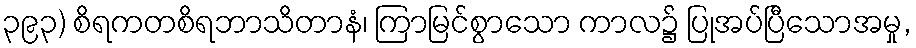
၃၉၃) စိရကတစိရဘာသိတာနံ၊ ကြာမြင်စွာသော ကာလ၌ ပြုအပ်ပြီသောအမှု,